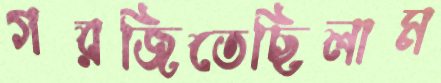
গরজিতেছিলাম